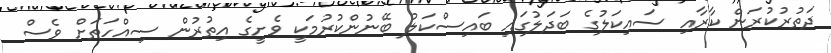
ދަތުރުކުރަން ކާރާއި ސައިކަލުގެ ބަދަލުގައި ބައިސްކަލު ބޭނުންކުރުމަކީ ވެށީގެ އިތުރުން ސިއްހަތަށް ވެސް